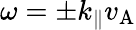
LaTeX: \omega=\pm k_{\parallel}v_{\mathrm{A}}